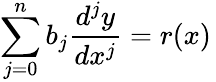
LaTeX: \sum_{j=0}^{n}b_{j}{\frac{d^{j}y}{dx^{j}}}=r(x)\,